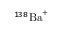
^ { 1 3 8 } \mathrm { { B a } ^ { + } }